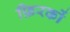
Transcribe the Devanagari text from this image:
फ़िरकों